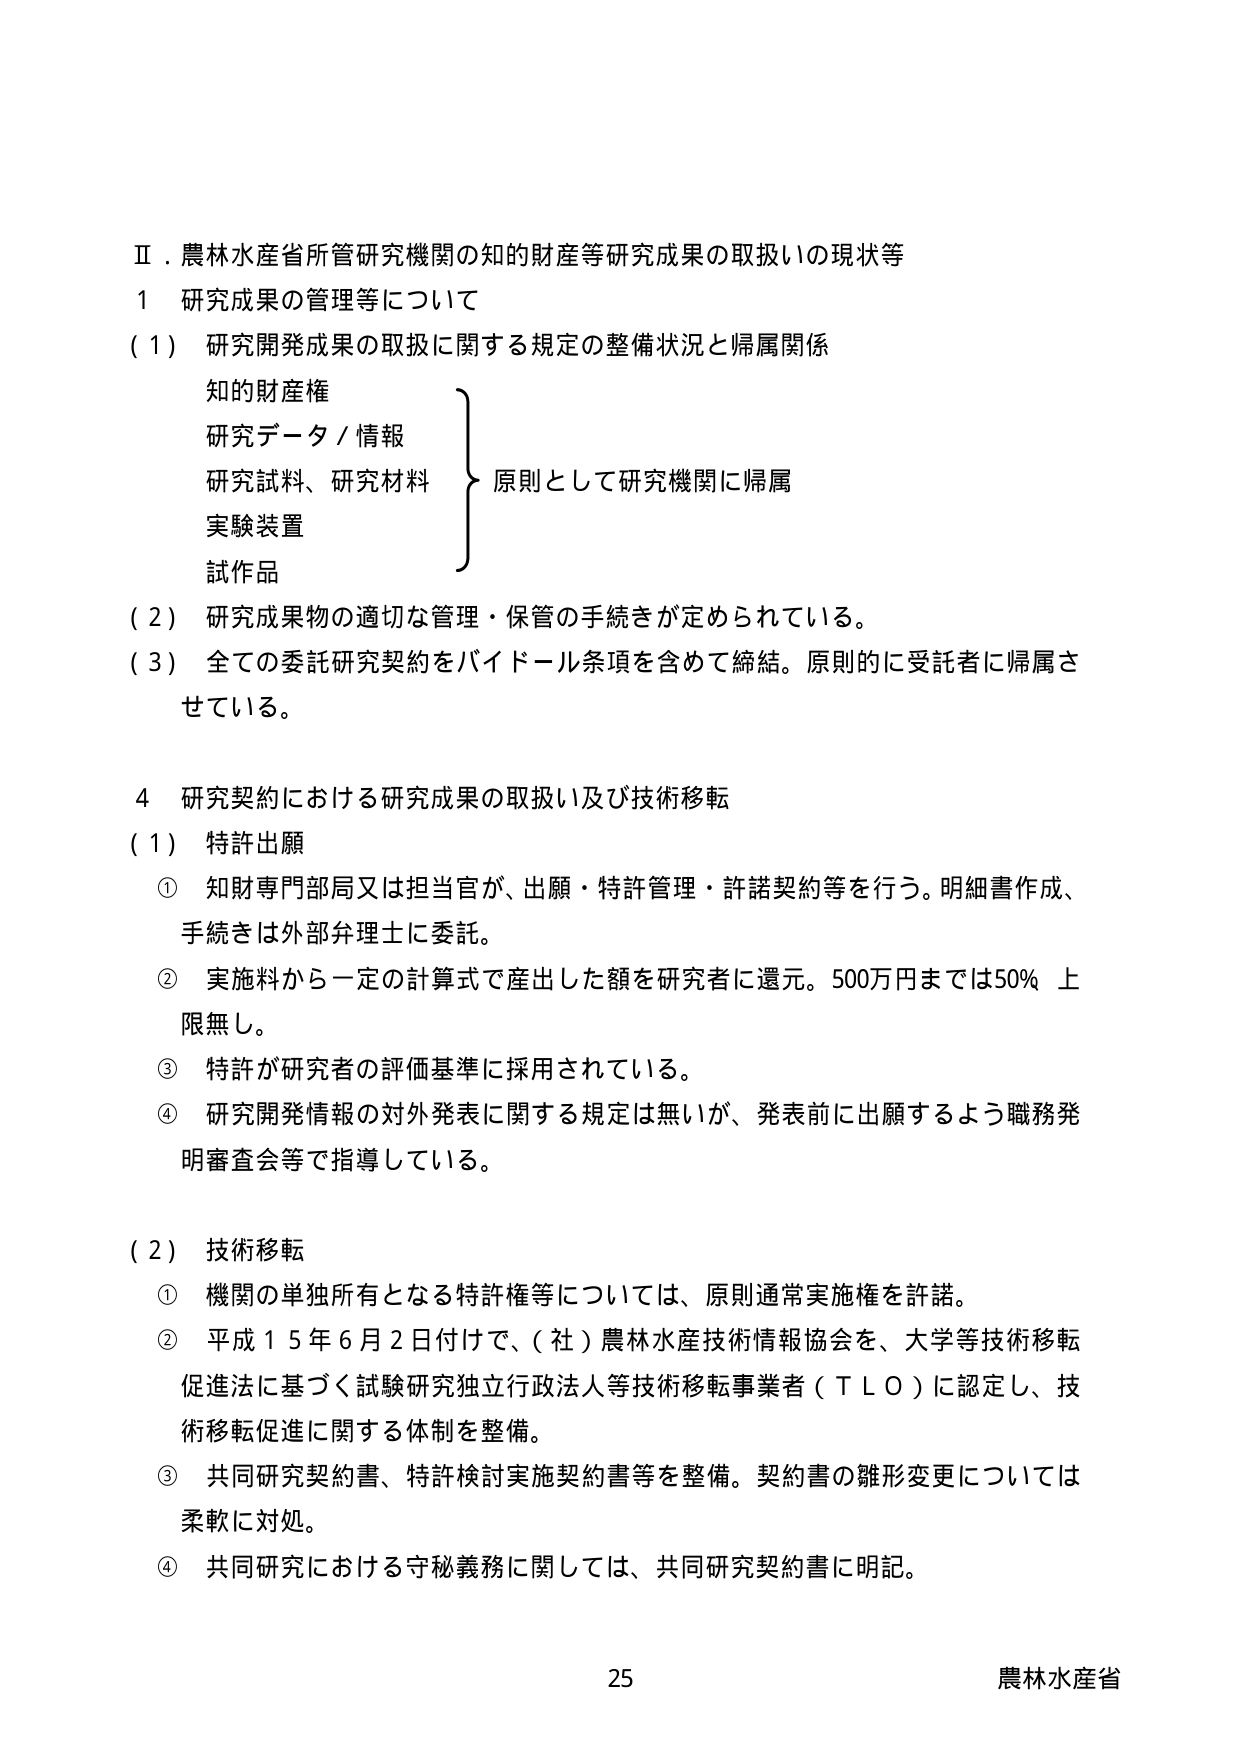
Ⅱ．農林水産省所管研究機関の知的財産等研究成果の取扱いの現状等
１ 研究成果の管理等について
（１） 研究開発成果の取扱に関する規定の整備状況と帰属関係
　知的財産権
　研究データ／情報
　研究試料、研究材料
　実験装置
　試作品
　　　　　　　　　　　　　　　　　原則として研究機関に帰属
（２） 研究成果物の適切な管理・保管の手続きが定められている。
（３） 全ての委託研究契約をバイドール条項を含めて締結。原則的に受託者に帰属させている。

４ 研究契約における研究成果の取扱い及び技術移転
（１） 特許出願
　① 知財専門部局又は担当官が、出願・特許管理・許諾契約等を行う。明細書作成、手続きは外部弁理士に委託。
　② 実施料から一定の計算式で産出した額を研究者に還元。500万円までは50％ 上限無し。
　③ 特許が研究者の評価基準に採用されている。
　④ 研究開発情報の対外発表に関する規定は無いが、発表前に出願するよう職務発明審査会等で指導している。

（２） 技術移転
　① 機関の単独所有となる特許権等については、原則通常実施権を許諾。
　② 平成１５年６月２日付けで、（社）農林水産技術情報協会を、大学等技術移転促進法に基づく試験研究独立行政法人等技術移転事業者（ＴＬＯ）に認定し、技術移転促進に関する体制を整備。
　③ 共同研究契約書、特許検討実施契約書等を整備。契約書の雛形変更については柔軟に対処。
　④ 共同研究における守秘義務に関しては、共同研究契約書に明記。

25 農林水産省